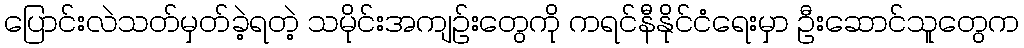
ပြောင်းလဲသတ်မှတ်ခဲ့ရတဲ့ သမိုင်းအကျဉ်းတွေကို ကရင်နီနိုင်ငံရေးမှာ ဦးဆောင်သူတွေက